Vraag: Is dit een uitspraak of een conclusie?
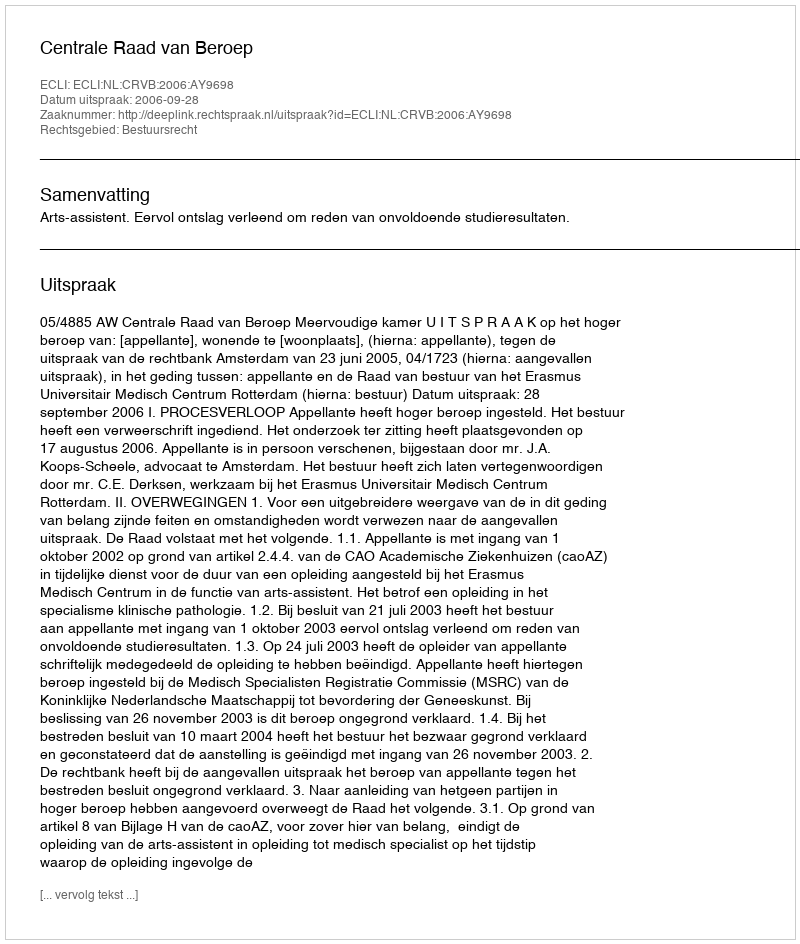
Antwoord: Uitspraak